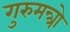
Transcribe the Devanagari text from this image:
गुरुमन्त्रो